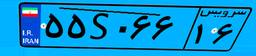
۵۵S۰۶۶۱۶